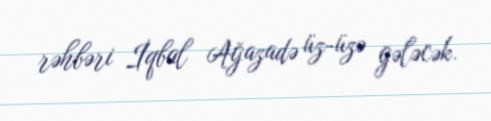
rəhbəri İqbal Ağazadə üz-üzə gələcək.